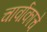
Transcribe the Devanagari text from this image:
चार्वाकाचे